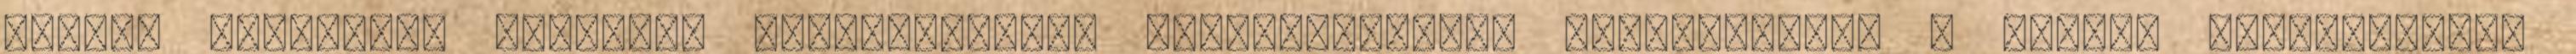
ekkor, édesanyám érzékeny sugallatainak jelentésterébe beszivárgott a nagyi. Helyesebben: